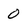
Character: 0